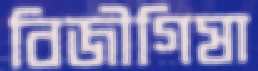
বিজীগিষা